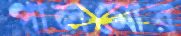
পালমোর